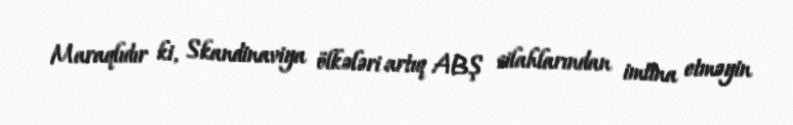
Maraqlıdır ki, Skandinaviya ölkələri artıq ABŞ silahlarından imtina etməyin